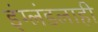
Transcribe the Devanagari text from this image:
इंग्लंडलाही